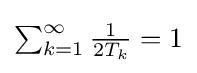
\textstyle \sum _{k=1}^{\infty }{\frac {1}{2T_{k}}}=1